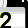
Digit: 2